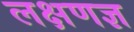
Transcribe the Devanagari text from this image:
लक्षणज्ञ